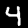
Label: 4